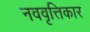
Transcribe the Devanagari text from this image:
नववृत्तिकार